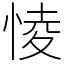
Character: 㥄